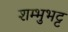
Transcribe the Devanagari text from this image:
शम्भुभट्ट